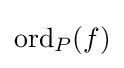
\mathrm {ord} _{P}(f)